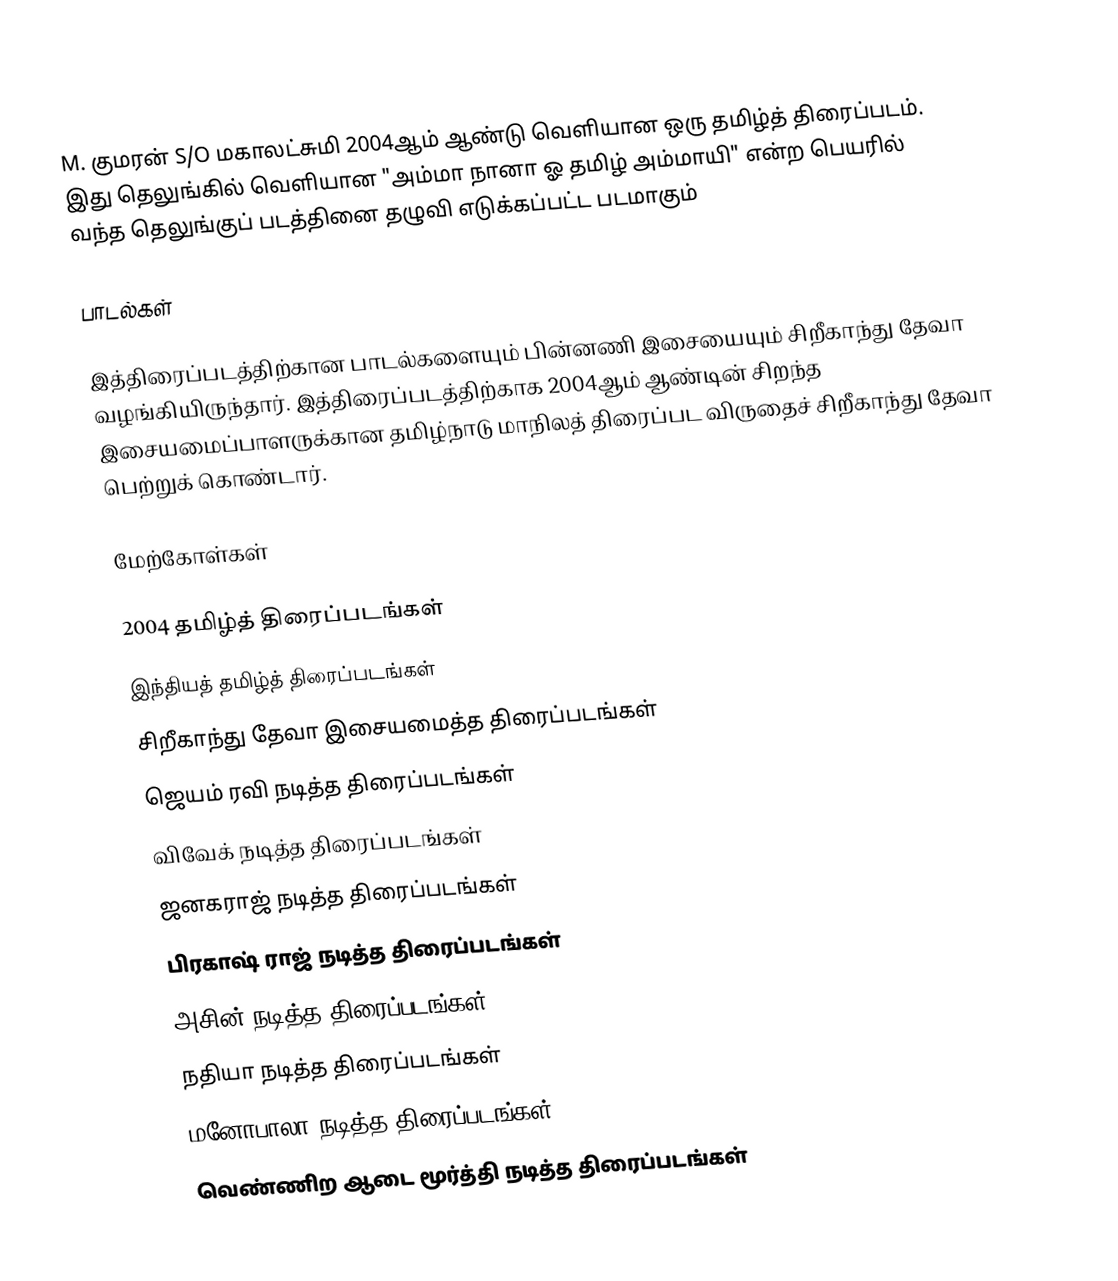
M. குமரன் S/O மகாலட்சுமி 2004ஆம் ஆண்டு வெளியான ஒரு தமிழ்த் திரைப்படம். இது தெலுங்கில் வெளியான "அம்மா நானா ஓ தமிழ் அம்மாயி" என்ற பெயரில் வந்த தெலுங்குப் படத்தினை தழுவி எடுக்கப்பட்ட படமாகும்

பாடல்கள்

இத்திரைப்படத்திற்கான பாடல்களையும் பின்னணி இசையையும் சிறீகாந்து தேவா வழங்கியிருந்தார். இத்திரைப்படத்திற்காக 2004ஆம் ஆண்டின் சிறந்த இசையமைப்பாளருக்கான தமிழ்நாடு மாநிலத் திரைப்பட விருதைச் சிறீகாந்து தேவா பெற்றுக் கொண்டார்.

மேற்கோள்கள்

2004 தமிழ்த் திரைப்படங்கள்
இந்தியத் தமிழ்த் திரைப்படங்கள்
சிறீகாந்து தேவா இசையமைத்த திரைப்படங்கள்
ஜெயம் ரவி நடித்த திரைப்படங்கள்
விவேக் நடித்த திரைப்படங்கள்
ஜனகராஜ் நடித்த திரைப்படங்கள்
பிரகாஷ் ராஜ் நடித்த திரைப்படங்கள்
அசின் நடித்த திரைப்படங்கள்
நதியா நடித்த திரைப்படங்கள்
மனோபாலா நடித்த திரைப்படங்கள்
வெண்ணிற ஆடை மூர்த்தி நடித்த திரைப்படங்கள்